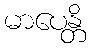
မာပေန္တိ